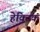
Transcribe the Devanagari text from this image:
हेक्टिक